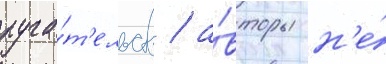
руга́т'ельств / а́вторы н'е́